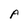
Character: A